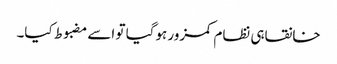
خانقاہی نظام کمزور ہوگیا تو اسے مضبوط کیا۔